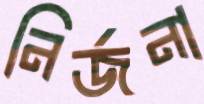
নির্জনা